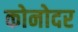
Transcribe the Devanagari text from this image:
कोनोदर